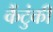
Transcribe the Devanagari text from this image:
कैंटुंकी